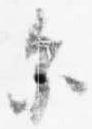
参